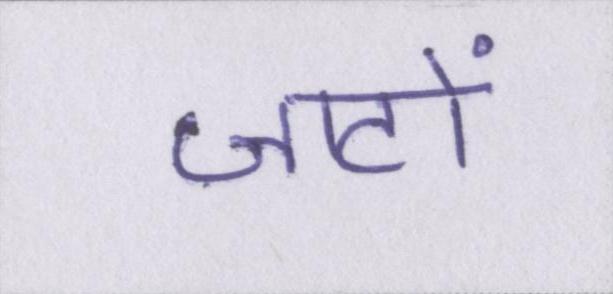
जाटों